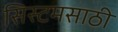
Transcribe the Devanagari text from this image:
सिस्टमसाठी